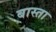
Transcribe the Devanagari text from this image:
बास्ता